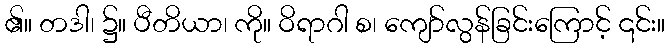
၏။ တဒါ၊ ၌။ ပီတိယာ၊ ကို။ ဝိရာဂါ စ၊ ကျော်လွန်ခြင်းကြောင့် ၎င်း။